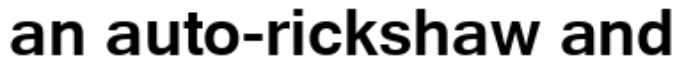
an auto-rickshaw and